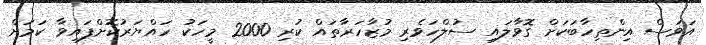
އަވަސް އިންތިހާބަކަށް ގޮވާލައި ސުލްހަވެރި މުޒާހަރާތައް ކުރި 2000 މީހަކު ހައްޔަރުކޮށްފައިވާ ކަމަށް